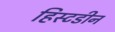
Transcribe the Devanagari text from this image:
हिस्टडीन